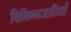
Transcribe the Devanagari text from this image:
विभिन्नजातियों